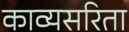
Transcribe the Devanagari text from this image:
काव्यसरिता